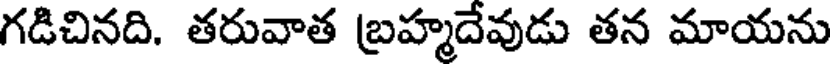
గడిచినది. తరువాత బ్రహ్మదేవుడు తన మాయను